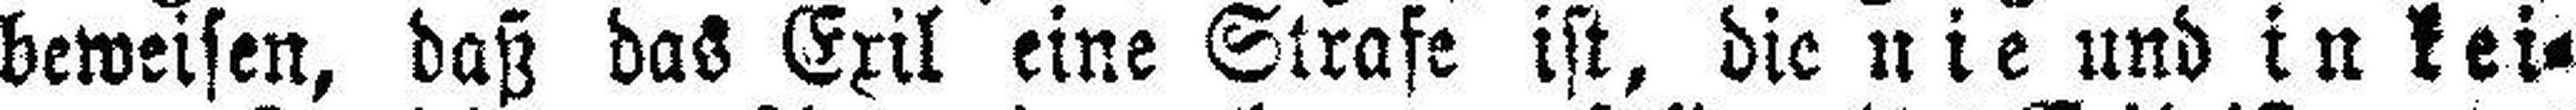
beweisen, daß das Exil eine Strafe ist, die nie und in kei¬